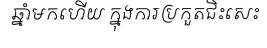
ឆ្នាំមកហើយ ក្នុងការប្រកួតជិះសេះ